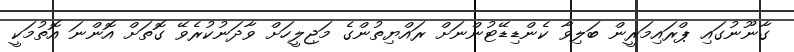
ގާނޫނުގައި ޕްރައިމަރީން ބަލިވާ ކެންޑިޑޭޓުންނަށް ރައްޔިތުންގެ މަޖިލީހަށް ވާދަނުކުރެވޭ ގޮތަށް އޮންނަ އޮތުމަކީ